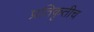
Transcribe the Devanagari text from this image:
प्रतिकृतीच